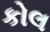
કોલ